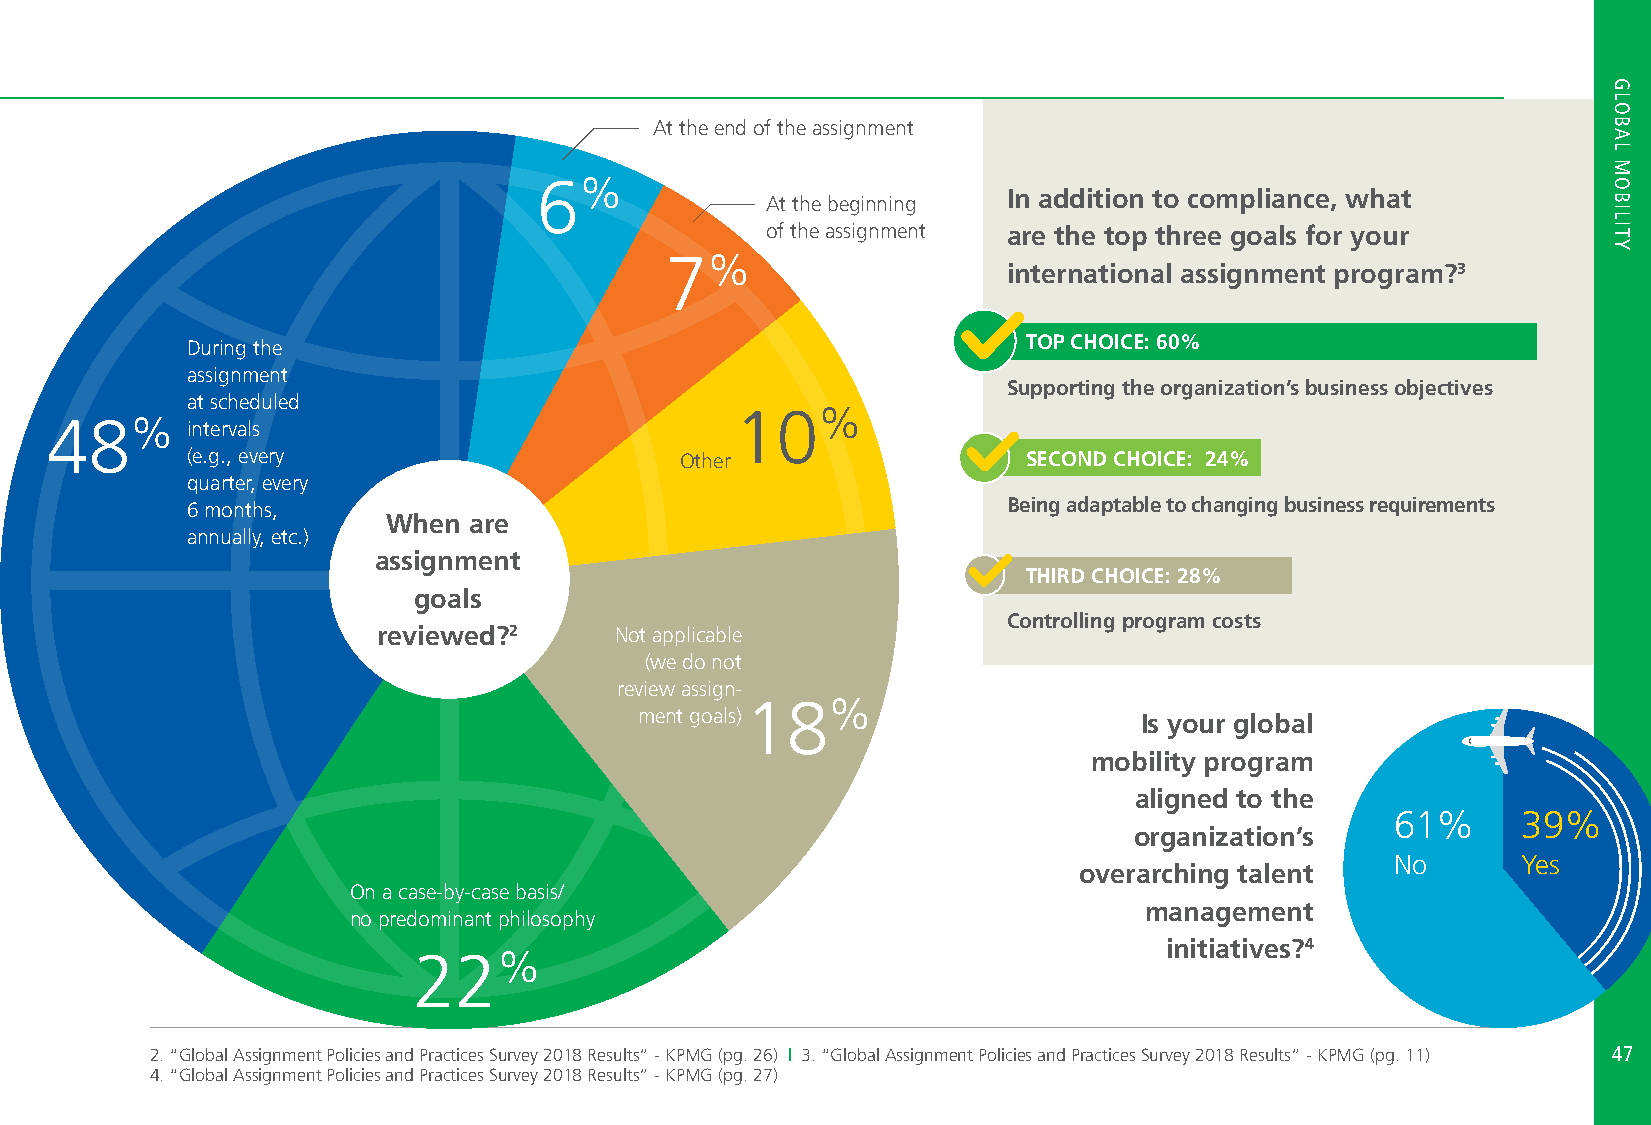
At the end of the assignment
 6%
 In addition to compliance, what
 At the beginning
 of the assignment are the top three goals for your
 7%
 international assignment program?3
 During the                                              TOP CHOICE: 60%
 assignment
 Supporting the organization’s business objectives
 at scheduled
 10%
 48%
 intervals
 (e.g., every                     Other                  SECOND CHOICE: 24%
 quarter, every
 6 months,                                              Being adaptable to changing business requirements
 When are
 annually, etc.)
 assignment
 THIRD CHOICE: 28%
 goals
 Controlling program costs
 reviewed?2      Not applicable
 (we do not
 review assign-
 18%
 ment goals)
 Is your global
 mobility program
 aligned to the
 61%      39%
 organization’s
 No       Yes
 overarching talent
 On a case-by-case basis/
 management
 no predominant philosophy
 initiatives?4
 22%
 2. “Global Assignment Policies and Practices Survey 2018 Results” - KPMG (pg. 26) | 3. “Global Assignment Policies and Practices Survey 2018 Results” - KPMG (pg. 11) 4477
 4. “Global Assignment Policies and Practices Survey 2018 Results” - KPMG (pg. 27)
 HGRLO
 HBOATL
 TMOOPIBCISL
 ITY